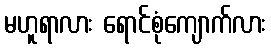
မဟူရာလား ရောင်စုံကျောက်လား